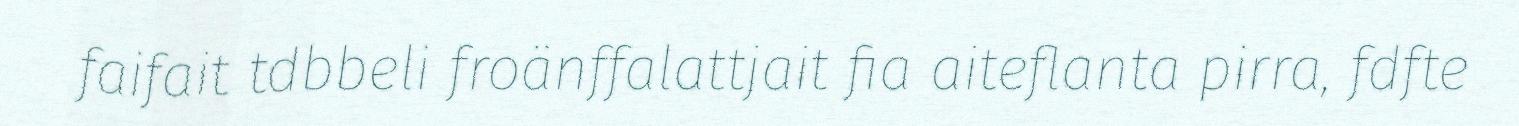
faifait tdbbeli froänffalattjait fia aiteflanta pirra, fdfte